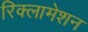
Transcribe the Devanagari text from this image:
रिक्लामेशन